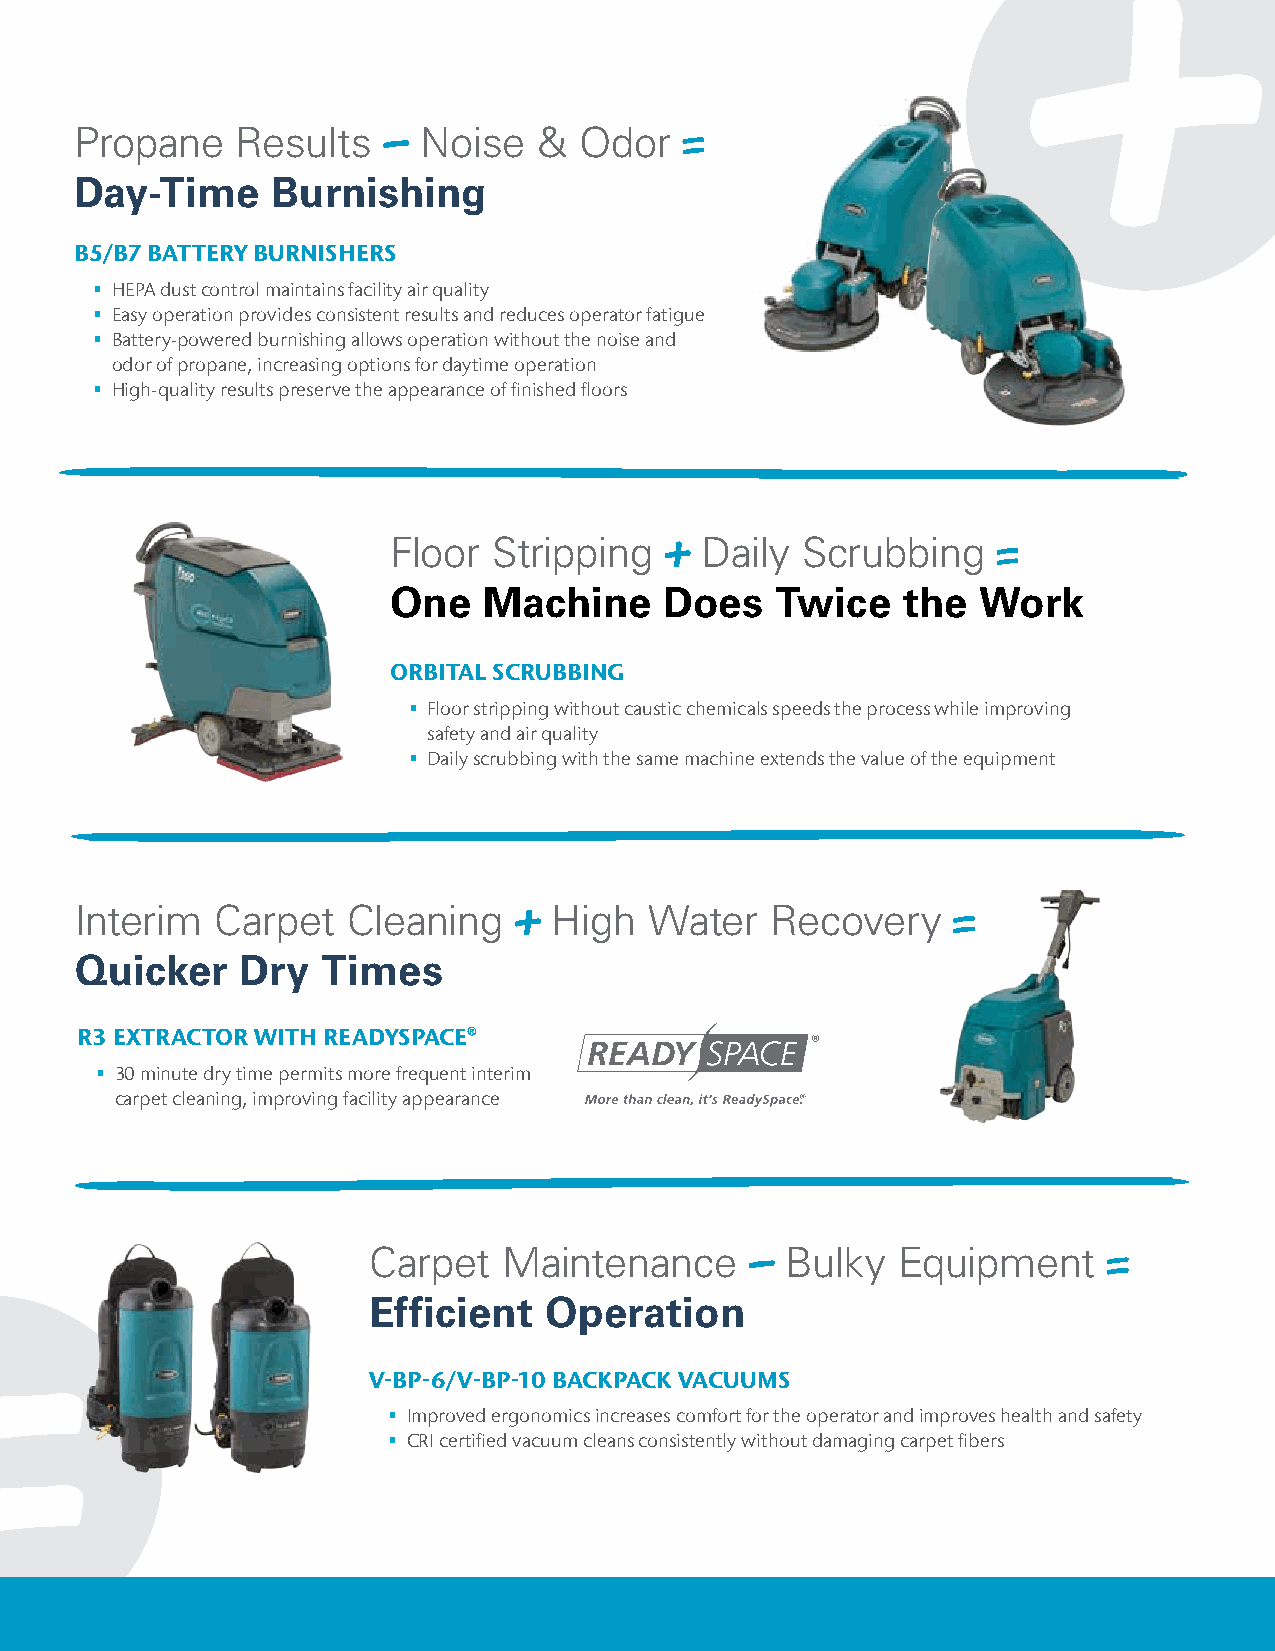
Propane    Results     Noise   & Odor
 Day-Time     Burnishing
 B5/B7 BATTERY BURNISHERS
  HEPA dust control maintains facility air quality
  Easy operation provides consistent results and reduces operator fatigue
  Battery-powered burnishing allows operation without the noise and
 odor of propane, increasing options for daytime operation
  High-quality results preserve the appearance of finished floors
 Floor  Stripping    Daily  Scrubbing
 One   Machine     Does   Twice    the  Work
 ORBITAL SCRUBBING
  Floor stripping without caustic chemicals speeds the process while improving
 safety and air quality
  Daily scrubbing with the same machine extends the value of the equipment
 Interim  Carpet   Cleaning      High  Water   Recovery
 Quicker    Dry  Times
 R3 EXTRACTOR WITH READYSPACE®
  30 minute dry time permits more frequent interim
 carpet cleaning, improving facility appearance
 Carpet   Maintenance        Bulky  Equipment
 Efficient   Operation
 V-BP-6/V-BP-10 BACKPACK VACUUMS
  Improved ergonomics increases comfort for the operator and improves health and safety
  CRI certified vacuum cleans consistently without damaging carpet fibers